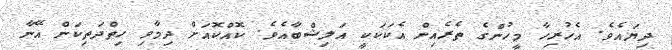
ދިޔައެވެ. އެހުރިހާ މީހުންގެ ތެރެއިން އެކަކަކީ އަލިޝްބާއެވެ. ކޮއްކޮއަށް ދިމާވި ހިތްދަތިކަން އޭނާ